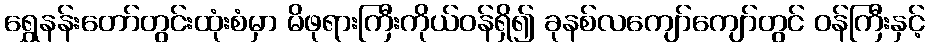
ရွှေနန်းတော်တွင်းထုံးစံမှာ မိဖုရားကြီးကိုယ်ဝန်ရှိ၍ ခုနစ်လကျော်ကျော်တွင် ဝန်ကြီးနှင့်